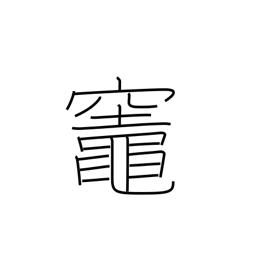
Meaning: kitchen stove